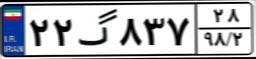
۴۵گ۶۱۲۴۶